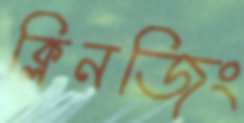
ক্লিনজিং